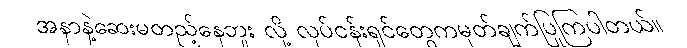
အနာနဲ့ဆေးမတည့်နေဘူး လို့ လုပ်ငန်းရှင်တွေကမှတ်ချက်ပြုကြပါတယ်။